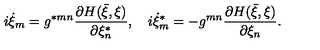
i \dot { \xi } _ { m } = g ^ { \ast m n } \frac { \partial H ( \bar { \xi } , \xi ) } { \partial \xi _ { n } ^ { \ast } } , \quad i \dot { \xi } _ { m } ^ { \ast } = - g ^ { m n } \frac { \partial H ( \bar { \xi } , \xi ) } { \partial \xi _ { n } } .